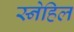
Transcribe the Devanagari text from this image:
स्नेहिल